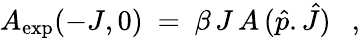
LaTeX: A_{\mathrm{exp}}(-J,0)\ =\ \beta\, J\, A\, (\hat{p}.\hat{J})\ \ \ ,